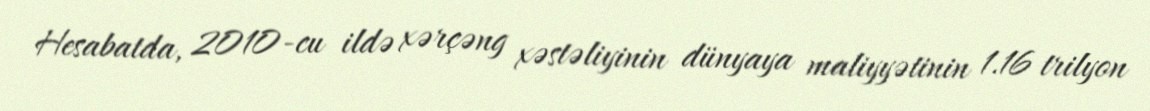
Hesabatda, 2010-cu ildə xərçəng xəstəliyinin dünyaya maliyyətinin 1.16 trilyon